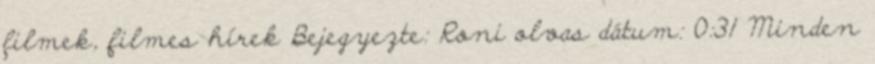
filmek, filmes hírek Bejegyezte: Roni olvas dátum: 0:31 Minden